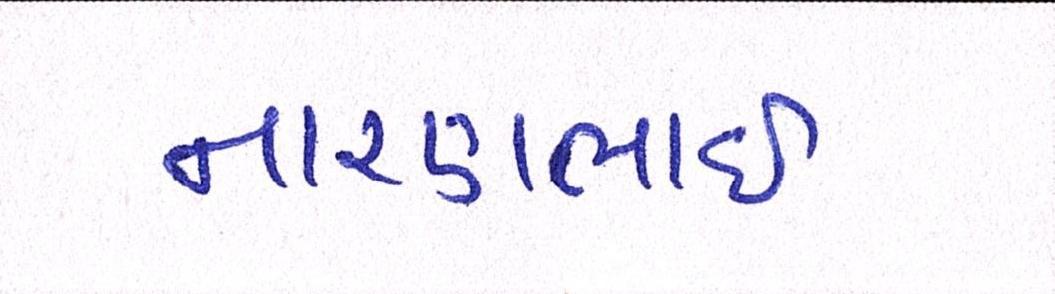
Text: નારણભાઈ